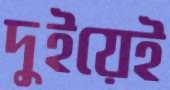
দুইয়েই